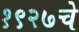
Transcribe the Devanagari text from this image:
१९२७चे